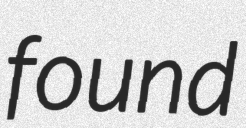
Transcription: found